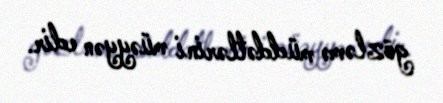
gözləmə müddətlərini müəyyən edir.